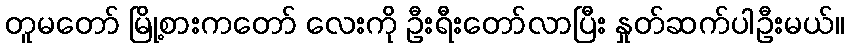
တူမတော် မြို့စားကတော် လေးကို ဦးရီးတော်လာပြီး နှုတ်ဆက်ပါဦးမယ်။